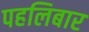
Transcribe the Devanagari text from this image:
पहलिबार